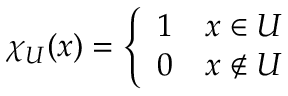
\chi _ { U } ( x ) = { \left\{ \begin{array} { l l } { 1 } & { x \in U } \\ { 0 } & { x \not \in U } \end{array} \right. }